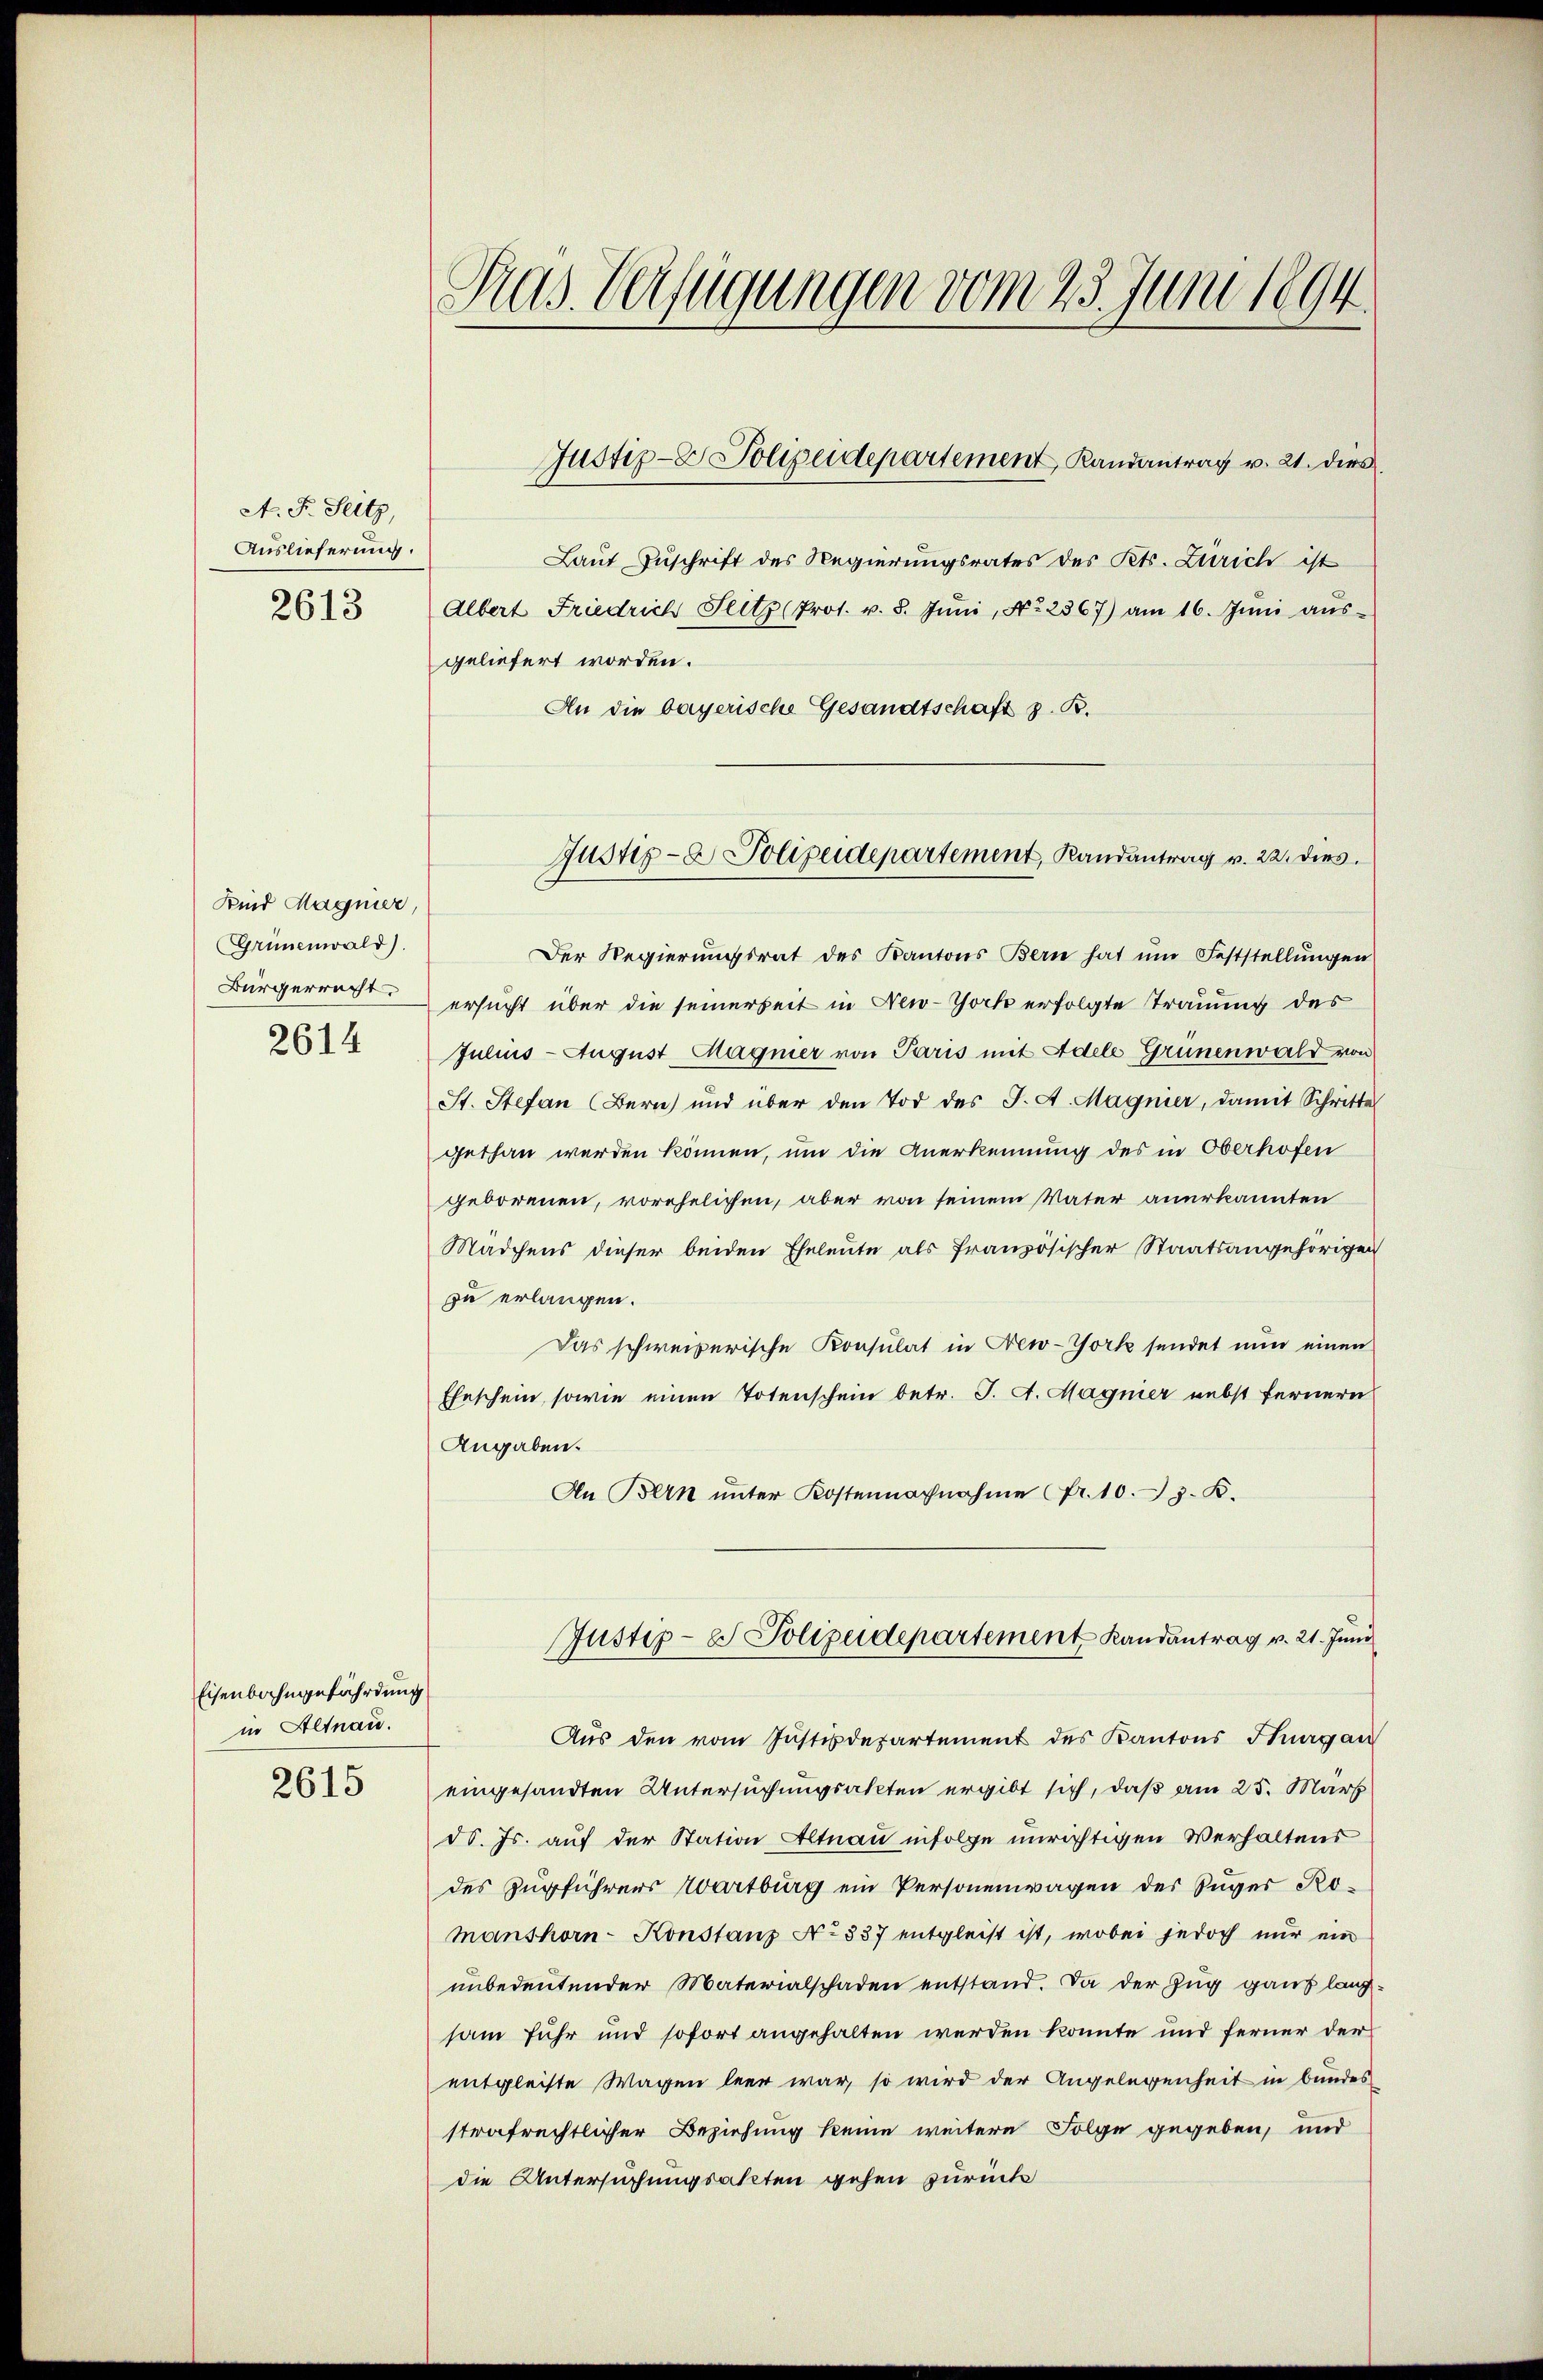
A. F. Seitz,
Auslieferung.
2613

Kind Magnier
Grünenwald).
Bürgerrecht
2614

Eisenbahngefährdung
in Altnau.
2615

Gras Verfügungen vom 23. Juni 1894.

Justiz- & Polizeidepartement Randantrag v. 21. dies

Laut Zuschrift des Regierungsrates des Kts. Zürich ist
Albert Friedrich Seits (Prot. v. 8. Jŭni, No 2367) am 16. Juni aŭs-
geliefert worden.
An die bayerische Gesandtschaft z. B.
Der Regierungsrat des Kantons Bern hat um Feststellungen
ersucht über die seinerseit in New-York erfolgte Trauung des
Julius August Magner von Paris mit Adele Grünenwald von
St. Stefan (Bern und über den Tod des J. A. Magnier, damit Schrittel
gethan werden können, um die Anerkennung des in Oberhofen
geborenen, vorehelichen, aber von seinem Vater anerkannten
Mädchens dieser beiden Eheleute als französischer Staatsangehörigen
zu erlangen.
Das schweizerische Konsulat in New-York sendet nun einen
Eheschein, sowie einen Totenschein betr. J. A. Magnier nebst fernern
Angaben.
An Bern unter Kostennachnahme fr. 10. z. B.
Justiz- & Polizeidepartement Randantrag v. 21. Juni
Aus den vom Justizdepartement des Kantons Thurgau
eingesandten Untersuchungsakten ergibt sich, daß am 25. März
dd. Js. auf der Station Altnau infolge unrichtigen Verhaltens
des Zurführers Wartburg ein Personenwagen der Suger Ro¬
Manshorn-Konstanz No 837 entgleist ist, wobei jedoch nur ein
unbedeutender Materialschaden entstand. Da der Zug ganz langsam fuhr und sofort angehalten werden könnte und ferner der
entgleiste Wagen leer war, so wird der Angelegenheit in bundes
strafrechtlicher Beziehung keine weitere Folge gegeben, und
die Untersuchungsakten gehen zurück

Justiz- & Polizeidepartement, Randantrag v. 22. dies